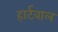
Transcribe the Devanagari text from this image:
हार्टवाल